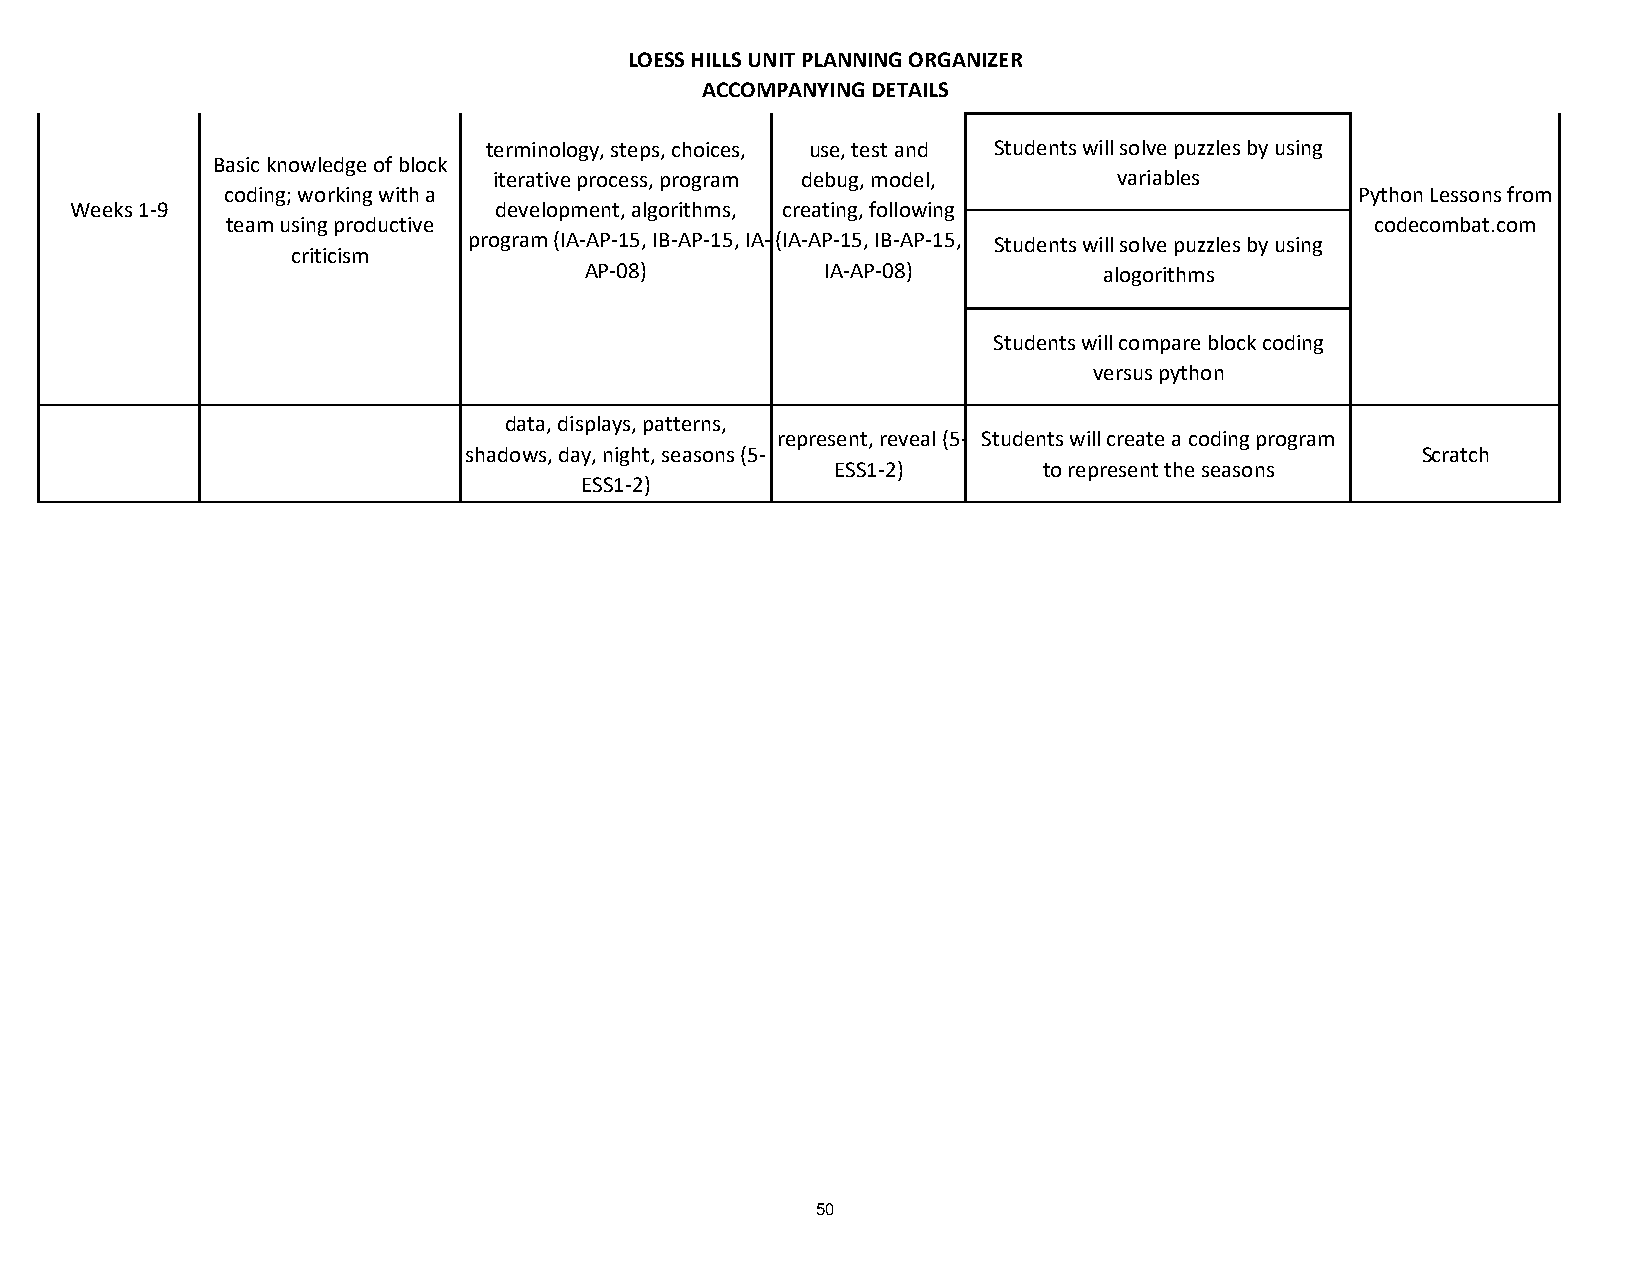
LOESS HILLS UNIT PLANNING ORGANIZER
 ACCOMPANYING DETAILS
 terminology, steps, choices, use, test and Students will solve puzzles by using
 Basic knowledge of block
 iterative process, program debug, model, variables
 coding; working with a                                                     Python Lessons from
 Weeks 1-9                   development, algorithms, creating, following
 team using productive                                                       codecombat.com
 program (IA-AP-15, IB-AP-15, IA-(IA-AP-15, IB-AP-15, Students will solve puzzles by using
 criticism
 AP-08)          IA-AP-08)         alogorithms
 Students will compare block coding
 versus python
 data, displays, patterns,
 represent, reveal (5- Students will create a coding program
 shadows, day, night, seasons (5-                               Scratch
 ESS1-2)       to represent the seasons
 ESS1-2)
 50